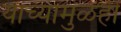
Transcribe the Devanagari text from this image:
यांच्यामुळेही